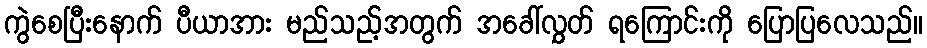
ကွဲစေပြီးနောက် ပီယာအား မည်သည့်အတွက် အခေါ်လွှတ် ရကြောင်းကို ပြောပြလေသည်။